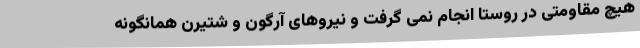
هیچ مقاومتی در روستا انجام نمی گرفت و نیروهای آرگون و شتیرن همانگونه